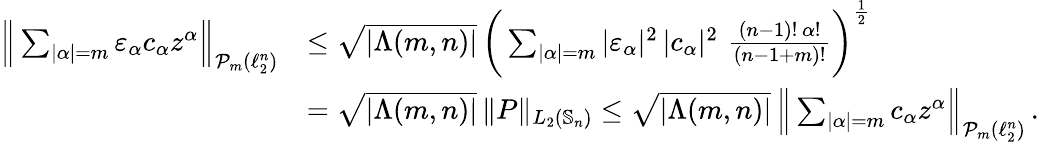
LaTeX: \begin{array}{rl}{\Big\| \sum_{|\alpha|=m}\varepsilon_{\alpha}c_{\alpha}z^{\alpha}\Big\| _{\mathcal{P}_{m}(\ell_{2}^{n})}}&{\leq\sqrt{|\Lambda(m,n)|}\, \bigg(\sum_{|\alpha|=m}|\varepsilon_{\alpha}|^{2}\, |c_{\alpha}|^{2}\, \, \frac{(n-1)!\, \alpha!}{(n-1+m)!}\bigg)^{\frac{1}{2}}}\\ &{=\sqrt{|\Lambda(m,n)|}\, \| P\| _{L_{2}(\mathbb{S}_{n})}\leq\sqrt{|\Lambda(m,n)|}\, \Big\| \sum_{|\alpha|=m}c_{\alpha}z^{\alpha}\Big\| _{\mathcal{P}_{m}(\ell_{2}^{n})}\, .}\end{array}